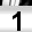
Digit: 1